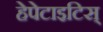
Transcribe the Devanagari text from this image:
हेपेटाइटिस्